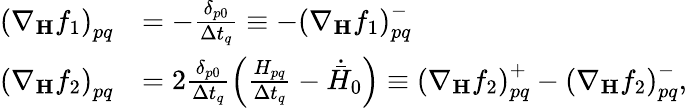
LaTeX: \begin{array}{rl}{\left(\nabla_{\mathbf{H}}f_{1}\right)_{pq}}&{=-\frac{\delta_{p0}}{\Delta t_{q}}\equiv-\left(\nabla_{\mathbf{H}}f_{1}\right)_{pq}^{-}}\\ {\left(\nabla_{\mathbf{H}}f_{2}\right)_{pq}}&{=2\frac{\delta_{p0}}{\Delta t_{q}}\left(\frac{H_{pq}}{\Delta t_{q}}-\dot{\bar{H}}_{0}\right)\equiv\left(\nabla_{\mathbf{H}}f_{2}\right)_{pq}^{+}-\left(\nabla_{\mathbf{H}}f_{2}\right)_{pq}^{-},}\end{array}